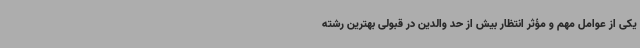
یکی از عوامل مهم و مؤثر انتظار بیش از حد والدین در قبولی بهترین رشته